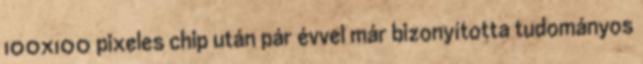
100x100 pixeles chip után pár évvel már bizonyította tudományos